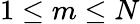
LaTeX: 1\le m\le N